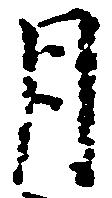
月